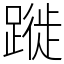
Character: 蹝